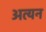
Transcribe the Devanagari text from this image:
अत्यन